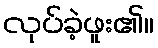
လုပ်ခဲ့ဖူး၏။